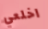
اخلعي